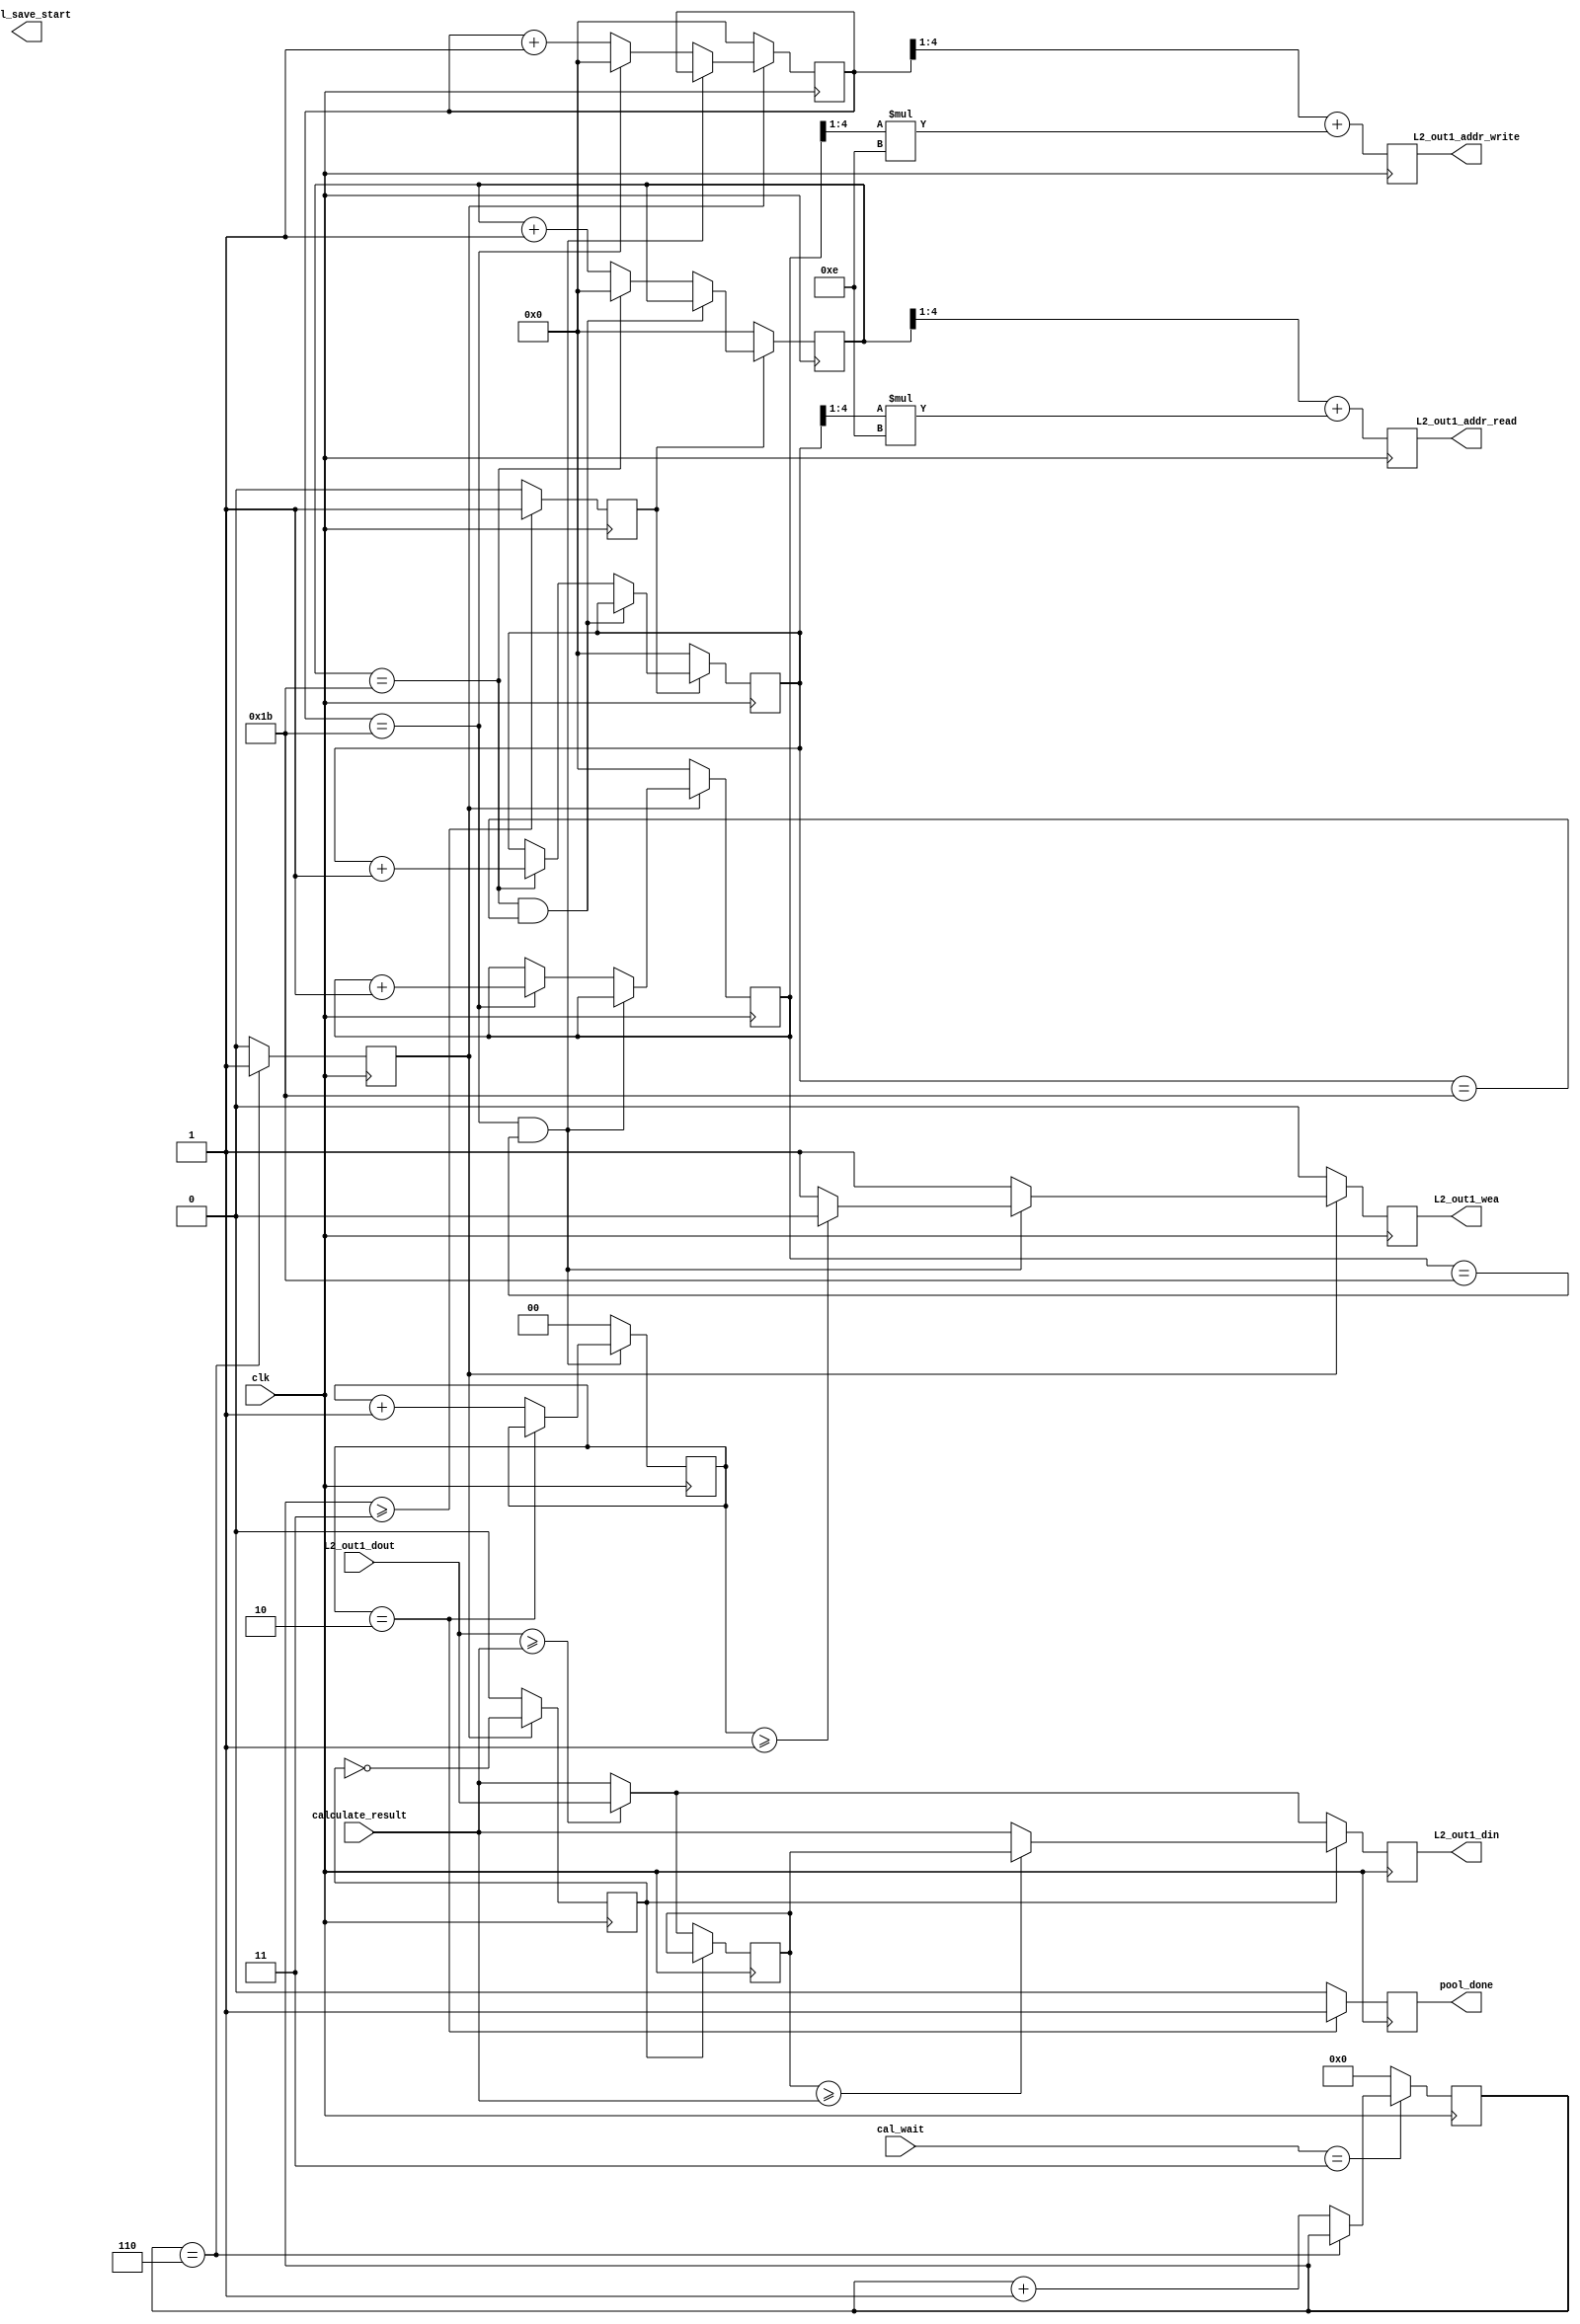
`timescale 1ns / 1ps
//////////////////////////////////////////////////////////////////////////////////
// Company: 
// Engineer: 
// 
// Design Name: 
// Module Name: pooling_2d
// Project Name: 
// Target Devices: 
// Tool Versions: 
// Description: 
// 
// Dependencies: 
// 
// Revision:
// Revision 0.01 - File Created
// Additional Comments:
// 
//////////////////////////////////////////////////////////////////////////////////


module pooling_2d
#(
    parameter DATA_WIDTH = 16
)
(
    input clk,
    input [1:0] cal_wait,
    input [DATA_WIDTH -1 : 0] L2_out1_dout,
    input [DATA_WIDTH -1 : 0] calculate_result,
    output reg    [7:0] L2_out1_addr_read,
    output reg    [7:0] L2_out1_addr_write,
    output reg L2_out1_wea,
    output reg [DATA_WIDTH -1:0] L2_out1_din,
    output reg pool_done,
    output reg pool_save_start
    );

    reg [DATA_WIDTH -1:0] L2_temp;
    reg [3:0] L2_wait;
    reg r_en;
    reg w_en;
    reg ev_odd;
    reg [1:0] done_cnt;

    always@(posedge clk)begin
        if(ev_odd == 1'b0)begin
            L2_temp <= (L2_out1_dout >= calculate_result) ? L2_out1_dout : calculate_result;
            L2_out1_din <= (L2_out1_dout >= calculate_result) ? L2_out1_dout : calculate_result;
        end
        else begin
            L2_temp <= L2_temp;
            L2_out1_din <= (L2_temp >= calculate_result) ? L2_temp : calculate_result ;
        end
    end

  
    always@(posedge clk)begin
        if(w_en)begin
            ev_odd <= ~ev_odd;
        end
        else begin
            ev_odd <= 1'b0;
        end
    end

    reg [4:0] r_row,r_col,w_row,w_col;

    always@(posedge clk)begin
        if(cal_wait == 2'b11)begin
            if(L2_wait == 4'd6)begin
                L2_wait <= L2_wait;
            end
            else begin
                L2_wait <= L2_wait + 1'b1;
            end
        end
        else begin
            L2_wait <= 1'b0;
        end

        //r_start
        if(L2_wait >= 4'd3)begin
            r_en <=  1'b1;
        end
        else begin
            r_en <= 1'b0;
        end

        //w_start

        if(L2_wait == 4'd6)begin
            w_en <= 1'b1;
        end
        else if(w_row == 5'd27 && w_col == 5'd 27)begin
            w_en <= 1'b0;
        end
        else begin
            w_en <= 1'b0;
        end
        
    end


    always@(posedge clk)begin
        if(r_en)begin
            if(r_row == 5'd27 && r_col == 5'd27)begin
                r_row <= r_row;
                r_col <= r_col;
            end
            else if(r_row == 5'd27)begin
                r_row <= 1'b0;
                r_col <= r_col + 1'b1;
            end
            else begin
                r_row <= r_row + 1'b1;
                r_col <= r_col;
            end
        end
        else begin
            r_row <= 1'b0;
            r_col <= 1'b0;
        end

        if(w_en)begin
            if(w_row == 5'd27 && w_col == 5'd27)begin
                if(done_cnt >= 2'b01)begin
                    L2_out1_wea <= 1'b0;    
                end
                else begin
                    L2_out1_wea <= 1'b1;
                end
                // L2_out1_wea <= 1'b0;
                w_row <= w_row;
                w_col <= w_col;
            end
            else if(w_row == 5'd27)begin
                w_row <= 1'b0;
                w_col <= w_col + 1'b1;
                L2_out1_wea <= 1'b1;
            end
            else begin
                w_row <= w_row + 1'b1;
                w_col <= w_col;
                L2_out1_wea <= 1'b1;
            end
        end
        else begin
            w_row <= 1'b0;
            w_col <= 1'b0;
            L2_out1_wea <= 1'b0; 
        end        
    end
   
    always@(posedge clk)begin
        if(w_row == 5'd27 && w_col == 5'd27)begin
            if(done_cnt ==2'b10)begin
                done_cnt <=done_cnt;
            end
            else begin
                done_cnt<=done_cnt+1'b1;
            end
        end
        else begin
            done_cnt <= 1'b0;
        end

        if(done_cnt == 2'b10)begin
            pool_done <= 1'b1;
        end
        else begin
            pool_done <= 1'b0;
        end
    end

    wire [3:0] shift_r_row;
    wire [3:0] shift_r_col;
    wire [3:0] shift_w_row;
    wire [3:0] shift_w_col;

    assign shift_r_row = r_row >>1;
    assign shift_r_col = r_col >>1;
    assign shift_w_row = w_row >>1;
    assign shift_w_col = w_col >>1; 
    

    // assign L2_out1_addr_read = shift_r_row + shift_r_col * (4'd14);
    // assign L2_out1_addr_write = shift_w_row + shift_w_col * (4'd14);


    always@(posedge clk)begin
        L2_out1_addr_read <= shift_r_row + (shift_r_col)*4'd14;
    end
    
    always@(posedge clk)begin
        L2_out1_addr_write <= shift_w_row + (shift_w_col)*4'd14;
    end

    //assign pool_done = (done_cnt == 2'b10) ? 1'b1 : 1'b0;


endmodule